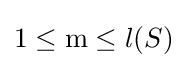
1\leq {\text{m}}\leq l(S)